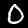
Label: 0